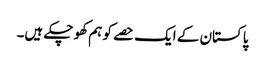
پاکستان کے ایک حصے کو ہم کھو چکے ہیں۔